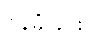
ဝန်ခံခြင်း